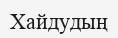
Хайдудың